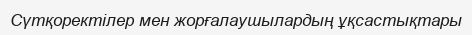
Сүтқоректілер мен жорғалаушылардың ұқсастықтары